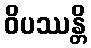
ဝိပဿန္တိ